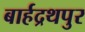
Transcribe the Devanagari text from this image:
बार्हद्रथपुर